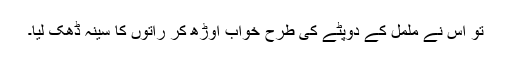
تو اس نے ململ کے دوپٹے کی طرح خواب اوڑھ کر راتوں کا سینہ ڈھک لیا۔